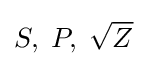
{\textstyle S,\;P,\;{\sqrt {Z}}}